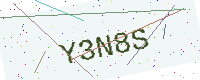
Text: Y3N8S